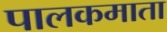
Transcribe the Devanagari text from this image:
पालकमाता